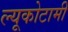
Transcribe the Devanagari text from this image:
ल्यूकोटामी